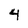
Character: 4